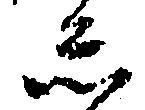
し